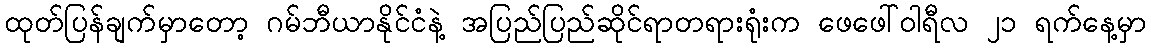
ထုတ်ပြန်ချက်မှာတော့ ဂမ်ဘီယာနိုင်ငံနဲ့ အပြည်ပြည်ဆိုင်ရာတရားရုံးက ဖေဖေါ်ဝါရီလ ၂၁ ရက်နေ့မှာ